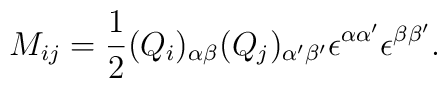
M_{ij}=\frac{1}{2} (Q_i)_{\alpha \beta}(Q_j)_{\alpha ' \beta '}\epsilon^{\alpha \alpha '}\epsilon^{\beta  \beta '}.\nonumber